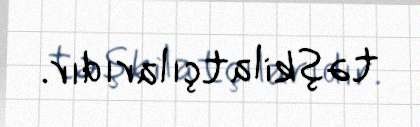
təşkilatçılarıdır.